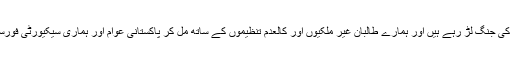
افغانستان کے طالبان اپنے ملک کی آزادی کی جنگ لڑ رہے ہیں اور ہمارے طالبان غیر ملکیوں اور کالعدم تنظیموں کے ساتھ مل کر پاکستانی عوام اور ہماری سیکیورٹی فورسز پر 2005 ء سے اب تک حملہ آور ہیں۔